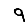
Digit: 9